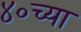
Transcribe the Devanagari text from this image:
४०च्या